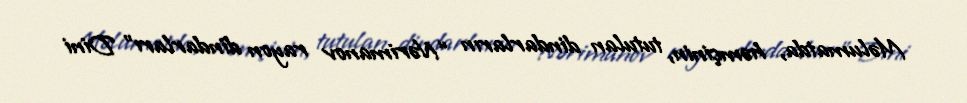
Məlumatda, həmçinin, tutulan dindarların “Nərimanov rayon dindarları” Dini